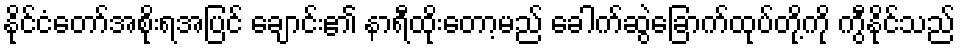
နိုင်ငံတော်အစိုးရအပြင် ချောင်း၏ နာရီထိုးတော့မည် ခေါက်ဆွဲခြောက်ထုပ်တို့ကို ကွီနိုင်သည်